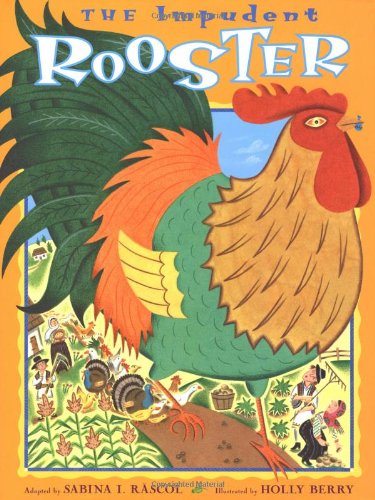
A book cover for The Impudent Rooster; Sabina Rascol; Children's Books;